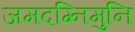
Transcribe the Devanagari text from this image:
जमदग्निमुनि